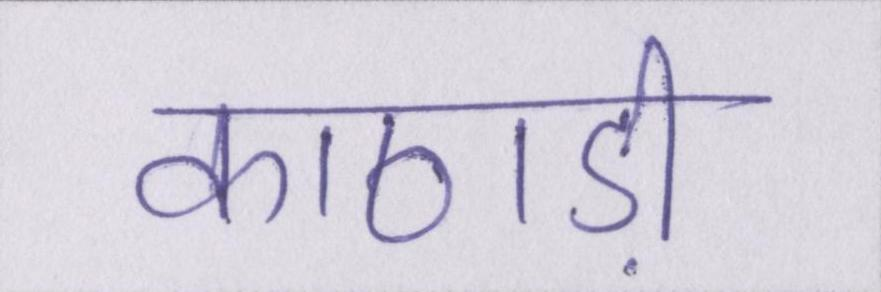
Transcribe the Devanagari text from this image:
काठाड़ी